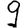
Digit: 9